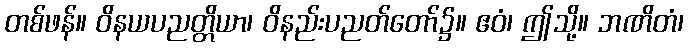
တစ်ဖန်။ ဝိနယပညတ္တိယာ၊ ဝိနည်းပညတ်တော်၌။ ဧဝံ၊ ဤသို့။ ဘဏိတံ၊